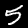
Label: 5